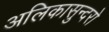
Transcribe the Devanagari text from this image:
अलिकासुन्दरो